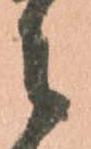
々